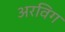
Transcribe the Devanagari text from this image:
अरविग